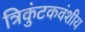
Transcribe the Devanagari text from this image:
त्रिकुंटकवंशीय